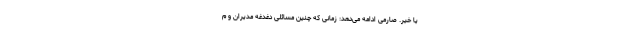
یا خیر. صارمی ادامه می‌دهد: زمانی که چنین مسائلی دغدغه مدیران و م